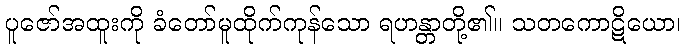
ပူဇော်အထူးကို ခံတော်မူထိုက်ကုန်သော ရဟန္တာတို့၏။ သတကောဋိယော၊